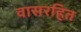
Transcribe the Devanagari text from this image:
वासरहित